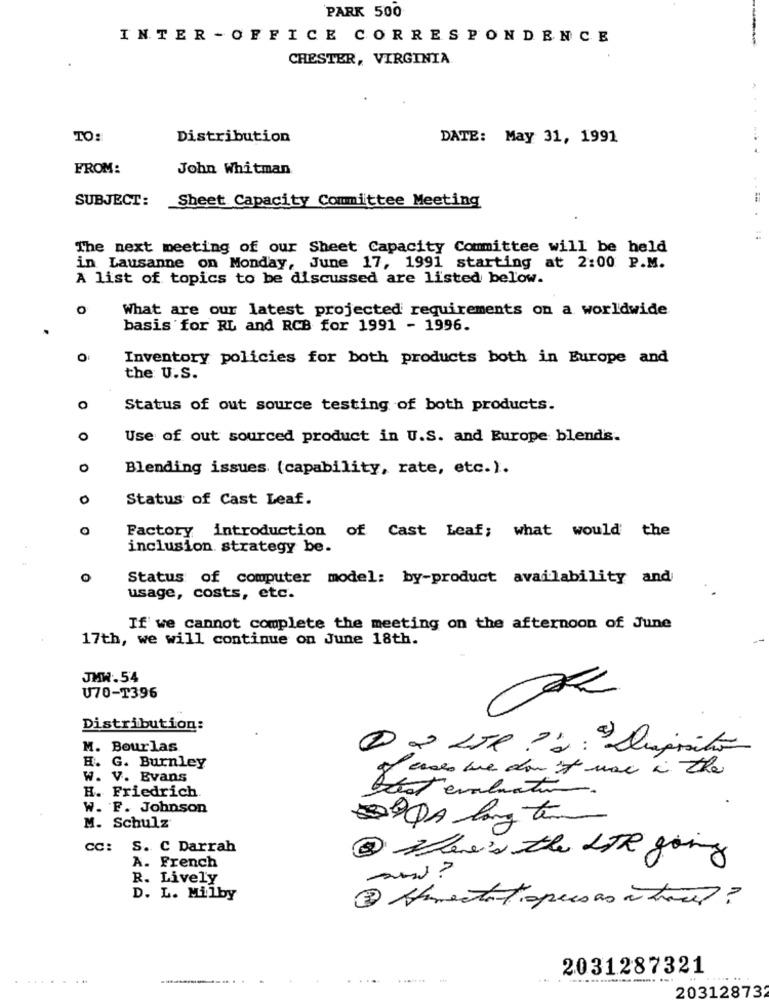
PARK 500
INTER - OFFICE CORRESPONDENCE
CHESTER, VIRGINIA
TO:
Distribution
DATE: May 31, 1991
FROM:
John Whitman
SUBJECT:
Sheet Capacity Committee Meeting
=
The next meeting of our Sheet Capacity Committee will be held
in Lausanne on Monday, June 17, 1991 starting at 2:00 P.M.
A list of topics to be discussed are listed below.
O
What are our latest projected requirements on a worldwide
basis for RL and RCB for 1991 - 1996.
O:
Inventory policies for both products both in Europe and
the U.S.
O
Status of out source testing of both products.
O
Use of out sourced product in U.S. and Europe blends.
0
Blending issues (capability, rate, etc.).
0
Status of Cast Leaf.
Factory introduction of Cast Leaf; what would the
inclusion strategy be.
Status of computer model: by-product availability and
usage, costs, etc.
If we cannot complete the meeting on the afternoon of June
17th, we will continue on June 18th.
JMW.54
U70-T396
Distribution:
M. Bourlas
1 º LTI ?": Disposto
H. G. Burnley
cases we don it was in the
W. V. Evans
best evaluation
H. Friedrich
-.
W. F. Johnson
M. Schulz
CC:
S. C Darrah
@ Where's the LTR going
A. French
R. Lively
D. L. Milby
3 Alimentatopresas a trace? ?
2031287321
.........
20312873